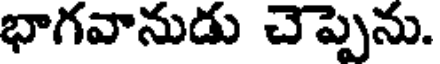
భాగవానుడు చెప్పెను.